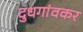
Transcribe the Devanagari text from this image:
दुधगांवकर